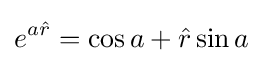
e^{a{\hat {r}}}=\cos a+{\hat {r}}\sin a